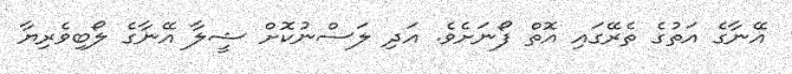
އޭނާގެ އަތުގެ ތެރޭގައި އޮތް ފޯނަށެވެ. އަދި ލަސްނުކޮށް ޝީލާ އޭނާގެ ލޯބިވެރިޔާ